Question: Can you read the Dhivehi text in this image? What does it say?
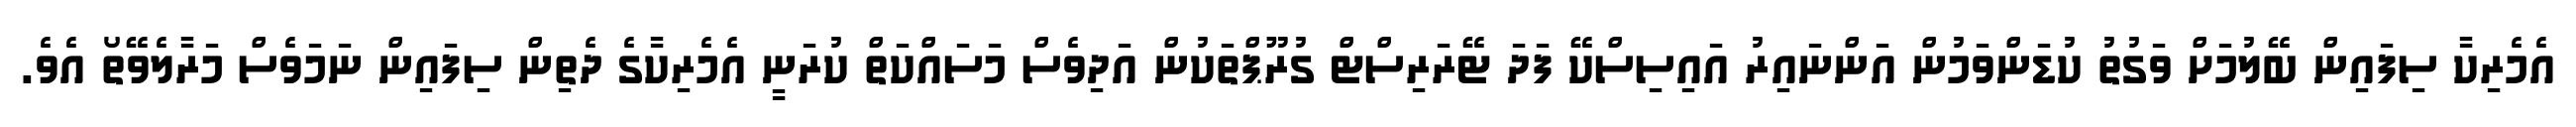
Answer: އެމެރިކާ ސިފައިން ބޭލުމަށް ވަގުތު ކުޑަންވަމުން އަންނައިރު އައިސިސްކޭ ފަދަ ޓޭރަރިސްޓް ގުރޫޕްތަކުން އަދިވެސް މަސައްކަތް ކުރަނީ އެމެރިކާގެ ދެތިން ސިފައިން ނަމަވެސް މަރާލެވޭތޯ އެވެ.